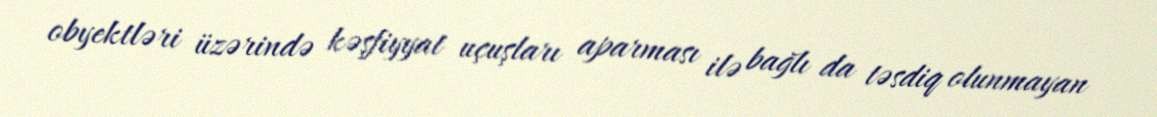
obyektləri üzərində kəşfiyyat uçuşları aparması ilə bağlı da təsdiq olunmayan